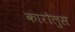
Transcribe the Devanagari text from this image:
कारोलुस